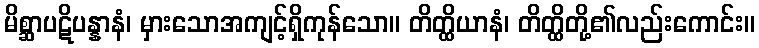
မိစ္ဆာပဋိပန္နာနံ၊ မှားသောအကျင့်ရှိကုန်သော။ တိတ္ထိယာနံ၊ တိတ္ထိတို့၏လည်းကောင်း။